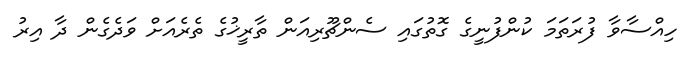
ހިއްސާވާ ފުރަތަމަ ކުންފުނީގެ ގޮތުގައި ސެންޗޫރިއަން ތާރީޚުގެ ތެރެއަށް ވަދެގެން ދާ އިރު